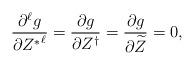
LaTeX: \begin{align*}\frac{\partial^{\ell}g}{\partial {Z^*}^{\ell}}= \frac{\partial g}{\partial Z^\dagger} = \frac{\partial g}{\partial \widetilde{Z}} =0,\end{align*}